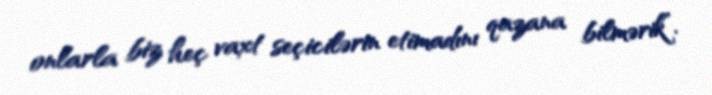
onlarla biz heç vaxt seçicilərin etimadını qazana bilmərik”.